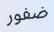
ضفور